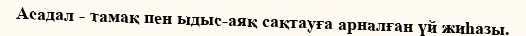
Асадал - тамақ пен ыдыс-аяқ сақтауға арналған үй жиһазы.